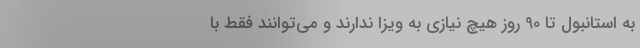
به استانبول تا 90 روز هیچ نیازی به ویزا ندارند و می‌توانند فقط با